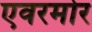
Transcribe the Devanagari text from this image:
एवरमोर